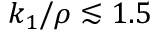
k _ { 1 } / \rho \lesssim 1 . 5